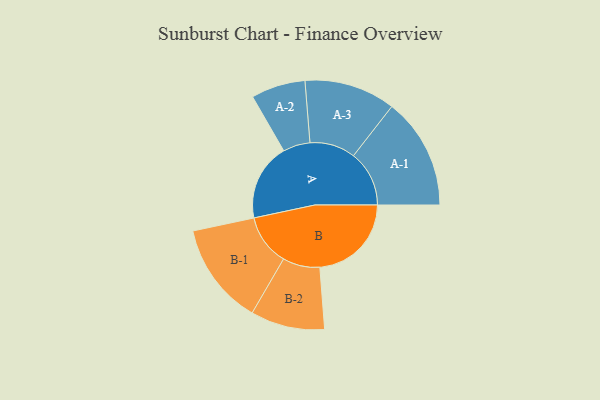
{"axis": {"x": "Segment", "y": "Value"}, "legend": ["", "A", "B"], "data": [{"x": "A", "y": 372, "type": ""}, {"x": "B", "y": 442, "type": ""}, {"x": "A-1", "y": 269, "type": "A"}, {"x": "A-2", "y": 131, "type": "A"}, {"x": "A-3", "y": 220, "type": "A"}, {"x": "B-1", "y": 247, "type": "B"}, {"x": "B-2", "y": 179, "type": "B"}]}